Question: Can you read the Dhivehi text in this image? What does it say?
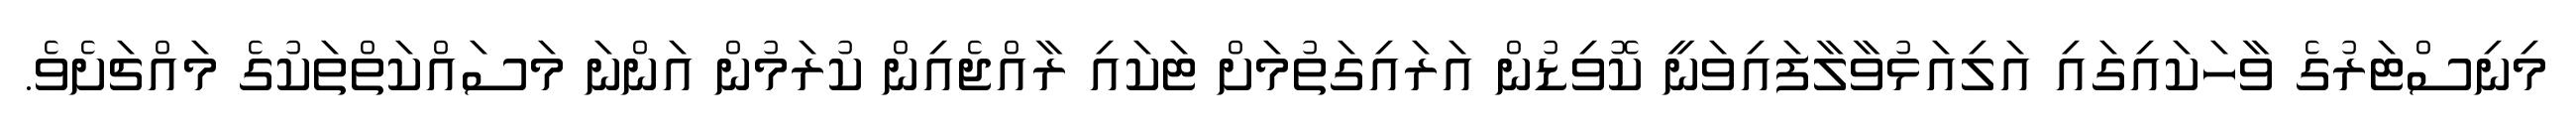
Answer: މިނިސްޓަރުގެ ވާހަކައިގައި އަލިއަޅުވާލާފައިވަނީ ކޮވިޑުން އަރައިގަތުމަށް ޓަކައި ރާއްޖެއިން ކުރަމުން އަންނަ މަސައްކަތްތަކުގެ މައްޗަށެވެ.